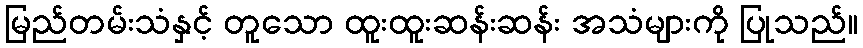
မြည်တမ်းသံနှင့် တူသော ထူးထူးဆန်းဆန်း အသံများကို ပြုသည်။